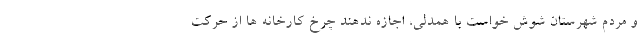
و مردم شهرستان شوش خواست با همدلی، اجازه ندهند چرخ کارخانه ها از حرکت